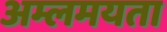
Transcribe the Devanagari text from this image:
अम्लमयता